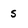
Character: s